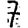
Digit: 7